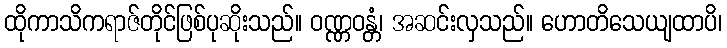
ထိုကာသိကရာဇ်တိုင်ဖြစ်ပုဆိုးသည်။ ဝဏ္ဏဝန္တံ၊ အဆင်းလှသည်။ ဟောတိသေယျထာပိ၊